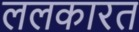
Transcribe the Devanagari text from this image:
ललकारत